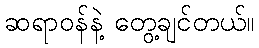
ဆရာဝန်နဲ့ တွေ့ချင်တယ်။